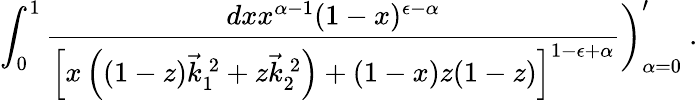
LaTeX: \int_{0}^{1}\frac{dxx^{\alpha-1}(1-x)^{\epsilon-\alpha}}{\left[x\left((1-z)\vec{k}_{1}^{\: 2}+z\vec{k}_{2}^{\: 2}\right)+(1-x)z(1-z)\right]^{1-\epsilon+\alpha}}\biggr)_{\alpha=0}^{\prime}~.